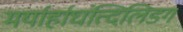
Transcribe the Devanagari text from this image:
मर्यार्हाघंत्दिलिडग